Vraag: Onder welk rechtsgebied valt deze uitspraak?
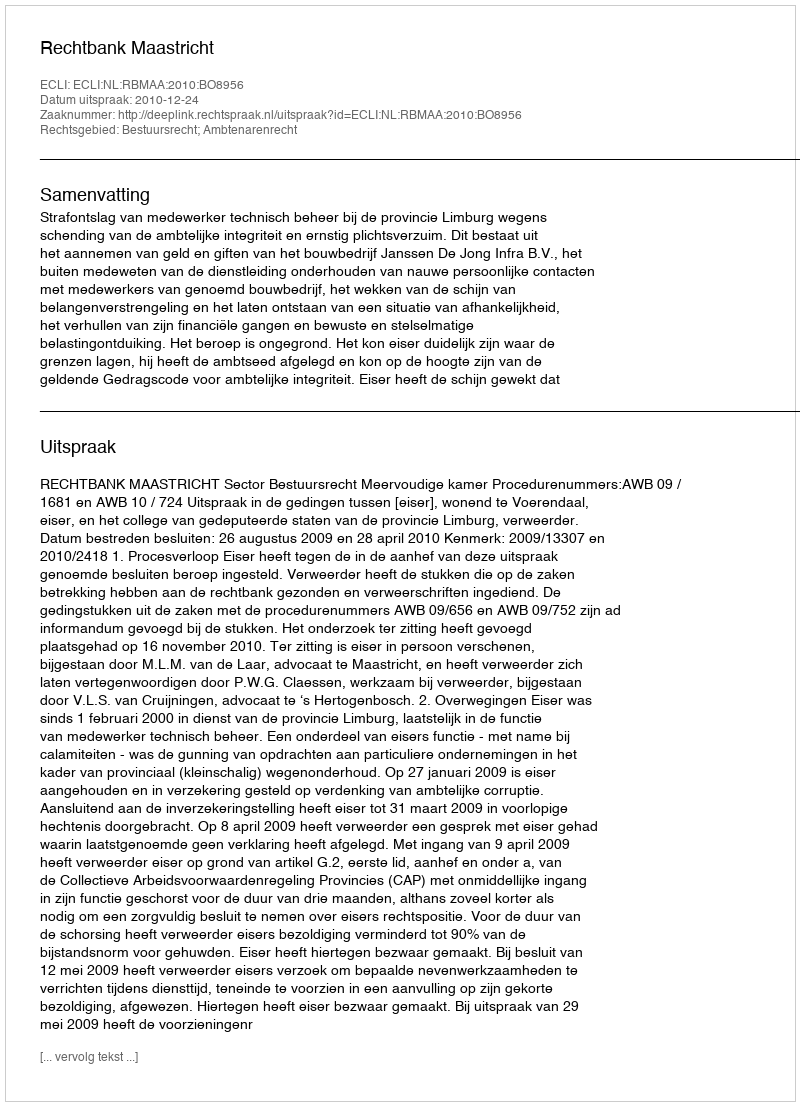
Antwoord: Bestuursrecht; Ambtenarenrecht